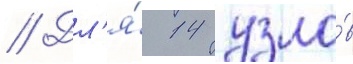
// Дл'я́ 14 узло́в